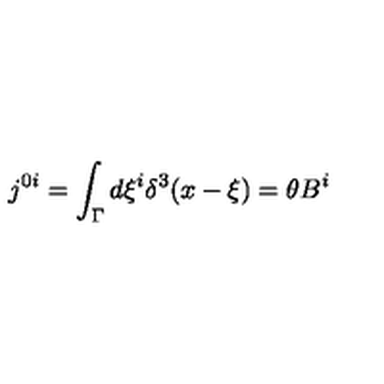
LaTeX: j ^ { 0 i } = \int _ { \Gamma } d \xi ^ { i } \delta ^ { 3 } ( x - \xi ) = \theta B ^ { i }